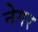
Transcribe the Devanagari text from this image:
नेगर